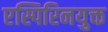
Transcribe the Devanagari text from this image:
एस्पिरिनयुक्त